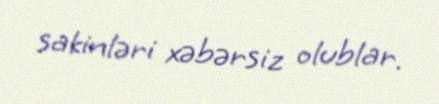
sakinləri xəbərsiz olublar.